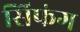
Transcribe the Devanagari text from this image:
सिफंग